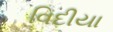
વિદીયા